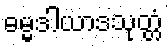
ဓမ္မဒါယာဒသုတ္တံ